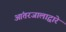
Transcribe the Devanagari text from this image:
आंतरजालाद्वारे